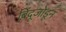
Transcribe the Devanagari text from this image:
बिंदूजोडून